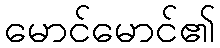
မောင်မောင်၏